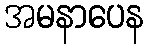
အမနာပေန